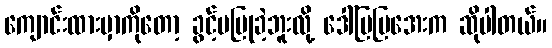
ကျောင်းထားမှာကိုတော့ ခွင့်မပြုခဲ့ဘူးလို့ ဒေါ်မြမြအေးက ဆိုပါတယ်။